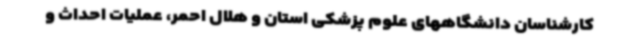
کارشناسان دانشگاههای علوم پزشکی استان و هلال احمر، عملیات احداث و